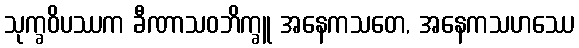
သုက္ခဝိပဿက ခီဏာသဝဘိက္ခူ အနေကသတေ, အနေကသဟဿေ